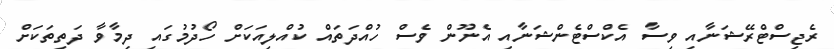
ރެޖިސްޓްރޭޝަނާއި ވިސާ އެކްސްޓެންޝަނާއި އެނޫން ވެސް ހުއްދަތައް ކުއްލިއަކަށް ހޯދުމުގައި ދިމާވާ ދަތިތަކަށް